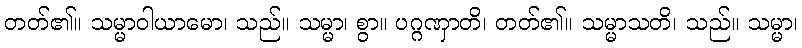
တတ်၏။ သမ္မာဝါယာမော၊ သည်။ သမ္မာ၊ စွာ။ ပဂ္ဂဏှာတိ၊ တတ်၏။ သမ္မာသတိ၊ သည်။ သမ္မာ၊